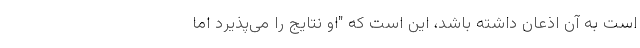
است به آن اذعان داشته باشد، این است که "او نتایج را می‌پذیرد اما